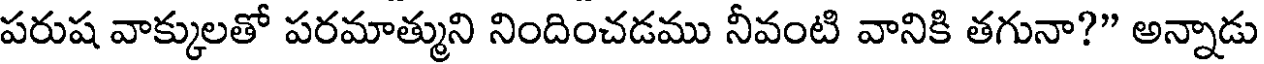
పరుష వాక్కులతో పరమాత్ముని నిందించడము నీవంటి వానికి తగునా?" అన్నాడు